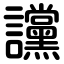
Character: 讜